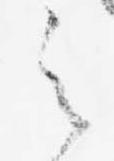
之